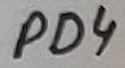
Text: PD4